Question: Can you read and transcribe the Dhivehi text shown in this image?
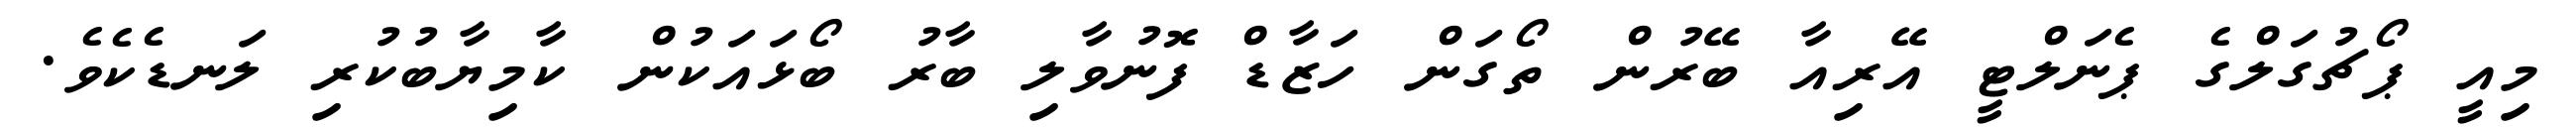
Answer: މިއީ ޕޯޗުގަލްގެ ޕެނަލްޓީ އޭރިއާ ބޭރުން ތޯގަން ހަޒާޑް ފޮނުވާލި ބާރު ބޯޅައަކުން ކާމިޔާބުކުރި ލަނޑެކެވެ.